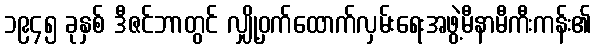
၁၉၄၅ ခုနှစ် ဒီဇင်ဘာတွင် လျှို့ဝှက်ထောက်လှမ်းရေးအဖွဲ့မီနာမီကီးကန်း၏